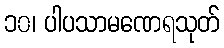
၁၀၊ ပါပသာမဏေရသုတ်